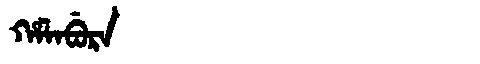
Manchu: ᡥᠠᠯᠠᠪᡠᡵᠠ
Romanization: HALABURA